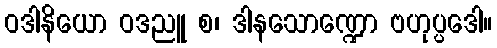
ဝဒါနိယော ဝဒညူ စ၊ ဒါနသောဏ္ဍော ဗဟုပ္ပဒေါ။